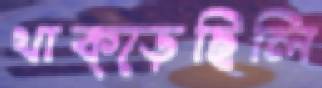
থাক্‌ড়েছিলি